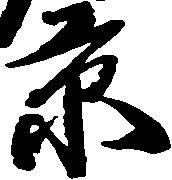
京